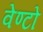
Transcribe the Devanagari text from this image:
वेण्टो